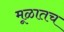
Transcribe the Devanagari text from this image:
मूळातच